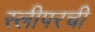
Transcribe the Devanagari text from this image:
स्लीपरची